King Institute of Preventive Medicine Bacteriolog. Section reports 1907-08
Year: 1907
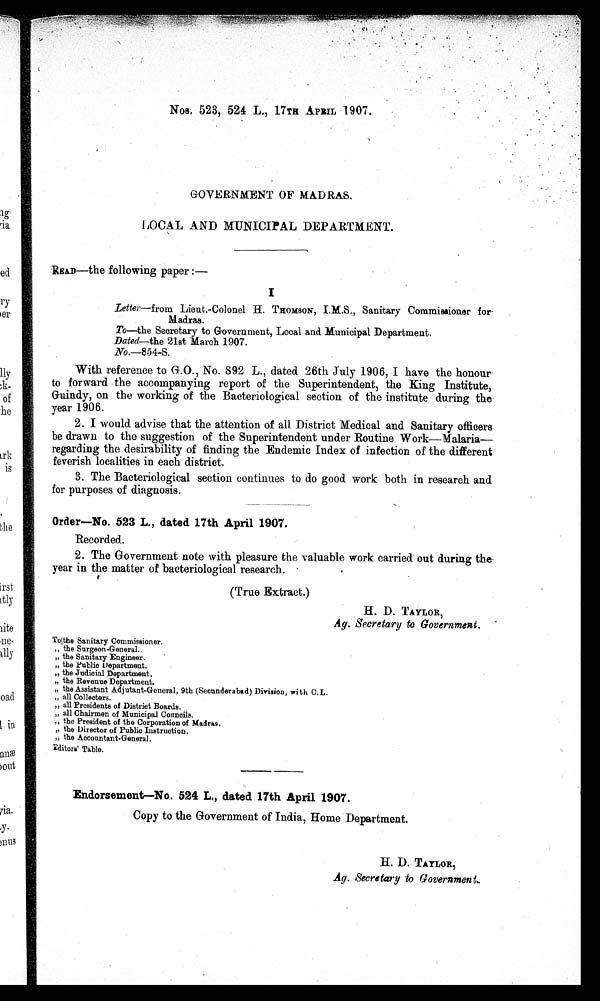
Nos. 523 , 524 L., 17TH APRIL 1907.
GOVERNMENT OF MADRAS.
LOCAL AND MUNICIPAL DEPARTMENT.
READ—the following paper :—
I
Letter—from Lieut.-Colonel H. THOMSON , I.M.S., Sanitary Commissioner for-
Madras.
To—the Secretary to Government, Local and Municipal Department.
Dated—the 21st March 1907.
No. -854-S.
With reference to G.O., No. 892 L., dated 26th July 1906, I have the honour
to forward the accompanying report of the Superintendent, the King Institute,
Guindy, on the working of the Bacteriological section of the institute during the
year 1906.
2. I would advise that the attention of all District Medical and Sanitary officers
be drawn to the suggestion of the Superintendent under Routine Work—Malaria
— r e g a r d i n g t h e d e s i r a b i l i t y o f f i n d i n g t h e E n d e m i c I n d e x o f i n f e c t i o n o f t h e d i f f e r e n t
feverish localities in each district.
3. The Bacteriological section continues to do good work both in research and
for purposes of diagnosis.
Order—No. 523 L., dated 17th April 1907.
Recorded.
2. The Government note with pleasure the valuable work carried out during the-
year in the matter of bacteriological research.
(True Extract.)
H. D. TAYLOR,
Ag. Secretary to Government.
To the Sanitary commissioner.
„ the Surgeon-General.
„ the Sanitary Engineer.
„ the Public Department.
,, the Judicial Department.
„ the Revenue Department.
„ the Assistant Adjutant-General, 9th (Secunderabad) Division, with C.L.
„ all Collectors.
„ all Presidents of District Boards.
„ all Chairmen of Municipal Councils.
„ the President of the Corporation of Madras.
„ the Director of Public Instruction.
„ the Accountant-General.
Editors' Table.
Endorsement—No. 524 L., dated 17th April 1907.
Copy to the Government of India, Home Department.
H. D. TAYLOR,
Ag. Secretary to Government..